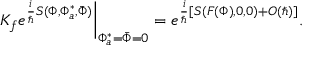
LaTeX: \left. K _ { f } e ^ { { \frac { i } { \hbar } } S ( \Phi , \Phi _ { a } ^ { * } , \bar { \Phi } ) } \right| _ { \Phi _ { a } ^ { * } = \bar { \Phi } = 0 } = e ^ { { \frac { i } { \hbar } } [ S ( F ( \Phi ) , 0 , 0 ) + O ( \hbar ) ] } .